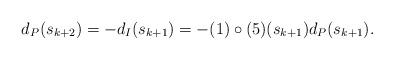
LaTeX: \begin{align*}d_{P}(s_{k + 2}) = - d_{I} (s_{k + 1}) = - (1) \circ (5) (s_{k + 1}) d_{P}(s_{k + 1}).\end{align*}